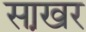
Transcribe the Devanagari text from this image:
सा़खर